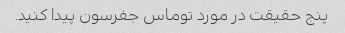
پنج حقیقت در مورد توماس جفرسون پیدا کنید.